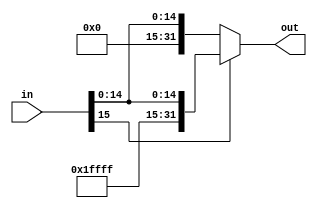
`timescale 1ns / 1ps
//////////////////////////////////////////////////////////////////////////////////
// Company: 
// Engineer: 
// 
// Design Name: 
// Module Name:    SignExtend16_32 
// Project Name: 
// Target Devices: 
// Tool versions: 
// Description: 
//
// Dependencies: 
//
// Revision: 
// Revision 0.01 - File Created
// Additional Comments: 
//
//////////////////////////////////////////////////////////////////////////////////
module SignExtend16_32(input wire [15:0] in, output reg [31:0] out);

	always @(*)
	begin
		if(in[15] == 1)
		begin
			out = {16'b1111111111111111 , in}; 
		end
		else
		begin
			out = {16'b0000000000000000 ,in};
		end
	end
endmodule